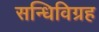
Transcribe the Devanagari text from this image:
सन्धिविग्रह